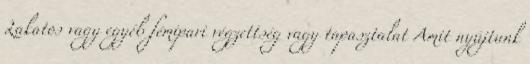
Lakatos vagy egyéb fémipari végzettség vagy tapasztalat Amit nyújtunk